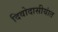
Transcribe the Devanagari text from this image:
दिवोदासीयांत